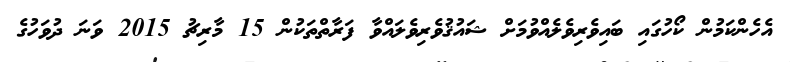
އެހެންކަމުން ކޯހުގައި ބައިވެރިވެލެއްވުމަށް ޝައުޤުވެރިވެލައްވާ ފަރާތްތަކުން 15 މާރިޗު 2015 ވަނަ ދުވަހުގެ